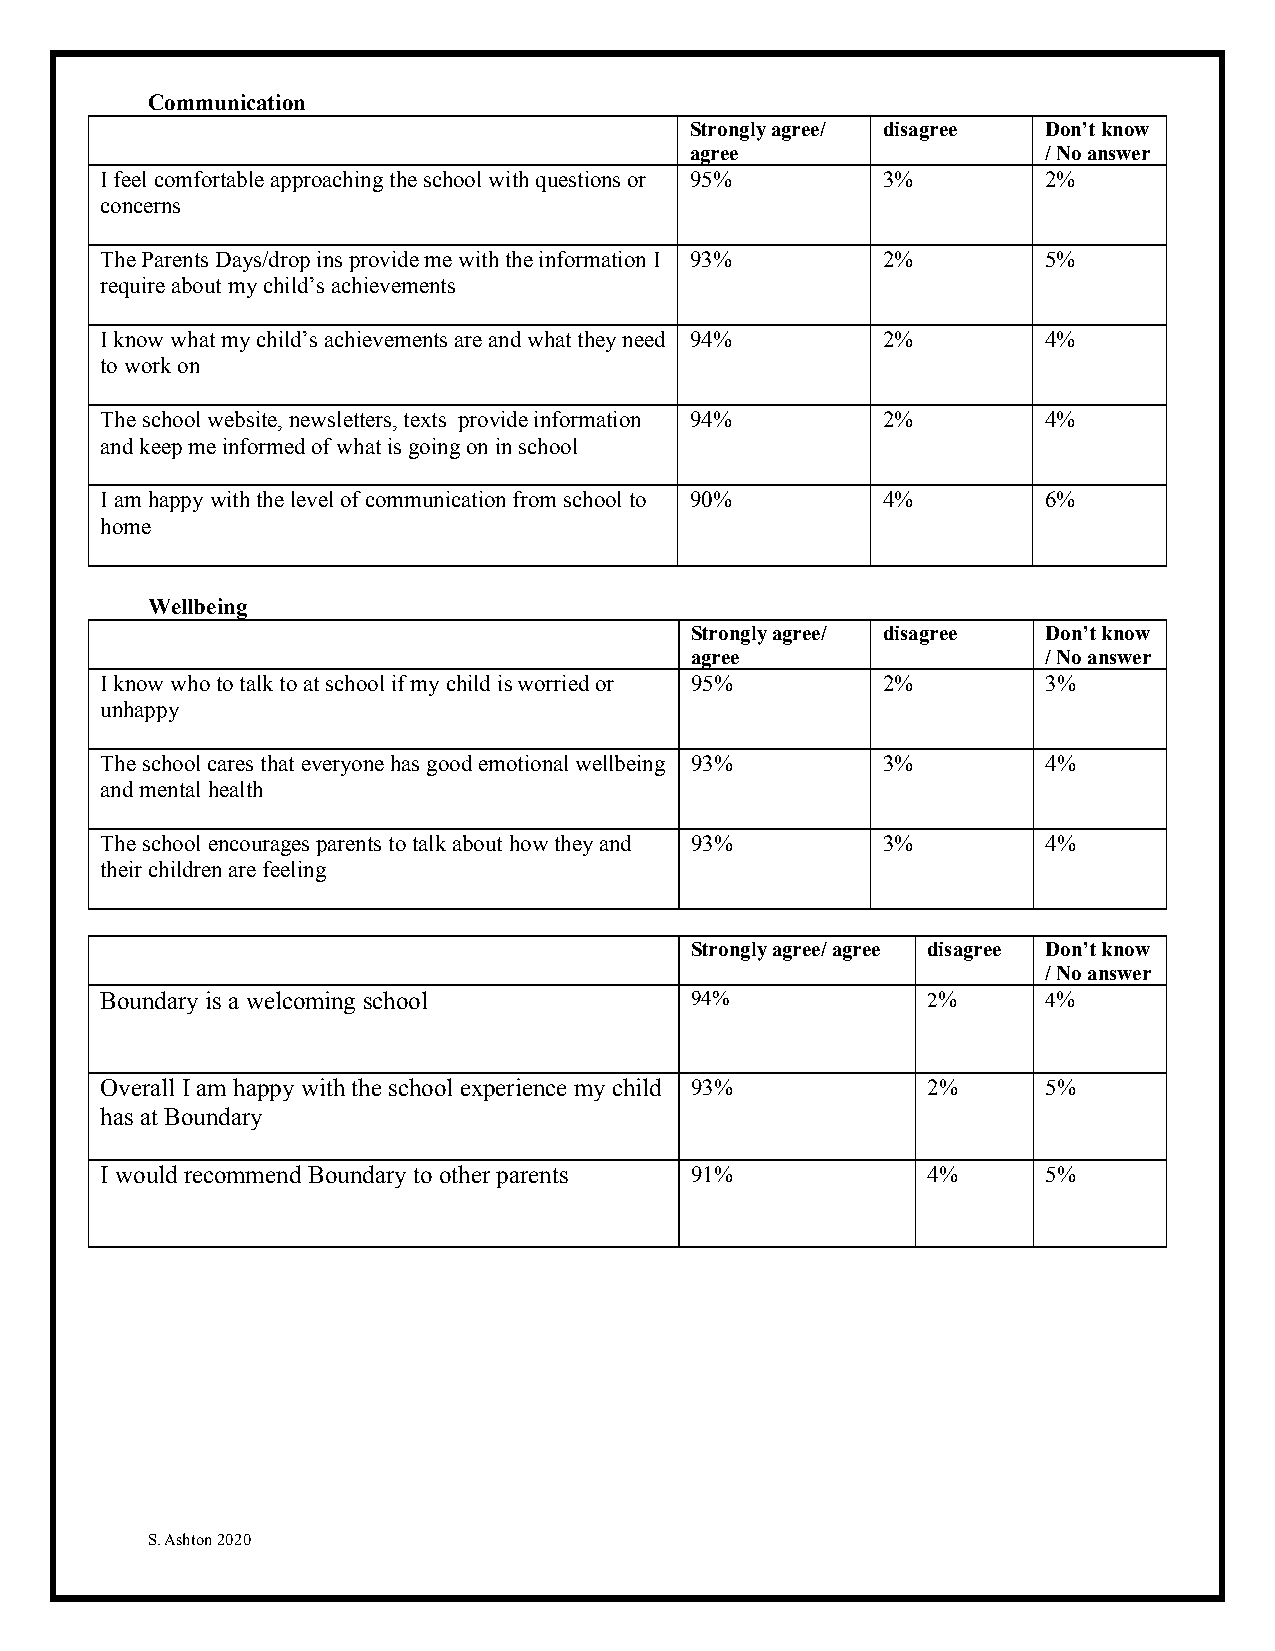
Communication
 Strongly agree/ disagree Don’t know
 agree                  / No answer
 I feel comfortable approaching the school with questions or 95% 3% 2%
 concerns
 The Parents Days/drop ins provide me with the information I 93% 2% 5%
 require about my child’s achievements
 I know what my child’s achievements are and what they need 94% 2% 4%
 to work on
 The school website, newsletters, texts provide information 94% 2% 4%
 and keep me informed of what is going on in school
 I am happy with the level of communication from school to 90% 4% 6%
 home
 Wellbeing
 Strongly agree/ disagree Don’t know
 agree                  / No answer
 I know who to talk to at school if my child is worried or 95% 2% 3%
 unhappy
 The school cares that everyone has good emotional wellbeing 93% 3% 4%
 and mental health
 The school encourages parents to talk about how they and 93% 3% 4%
 their children are feeling
 Strongly agree/ agree disagree Don’t know
 / No answer
 Boundary is a welcoming school         94%            2%      4%
 Overall I am happy with the school experience my child 93% 2% 5%
 has at Boundary
 I would recommend Boundary to other parents 91%       4%      5%
 S. Ashton 2020